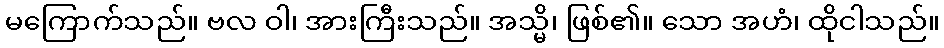
မကြောက်သည်။ ဗလ ဝါ၊ အားကြီးသည်။ အသ္မိ၊ ဖြစ်၏။ သော အဟံ၊ ထိုငါသည်။